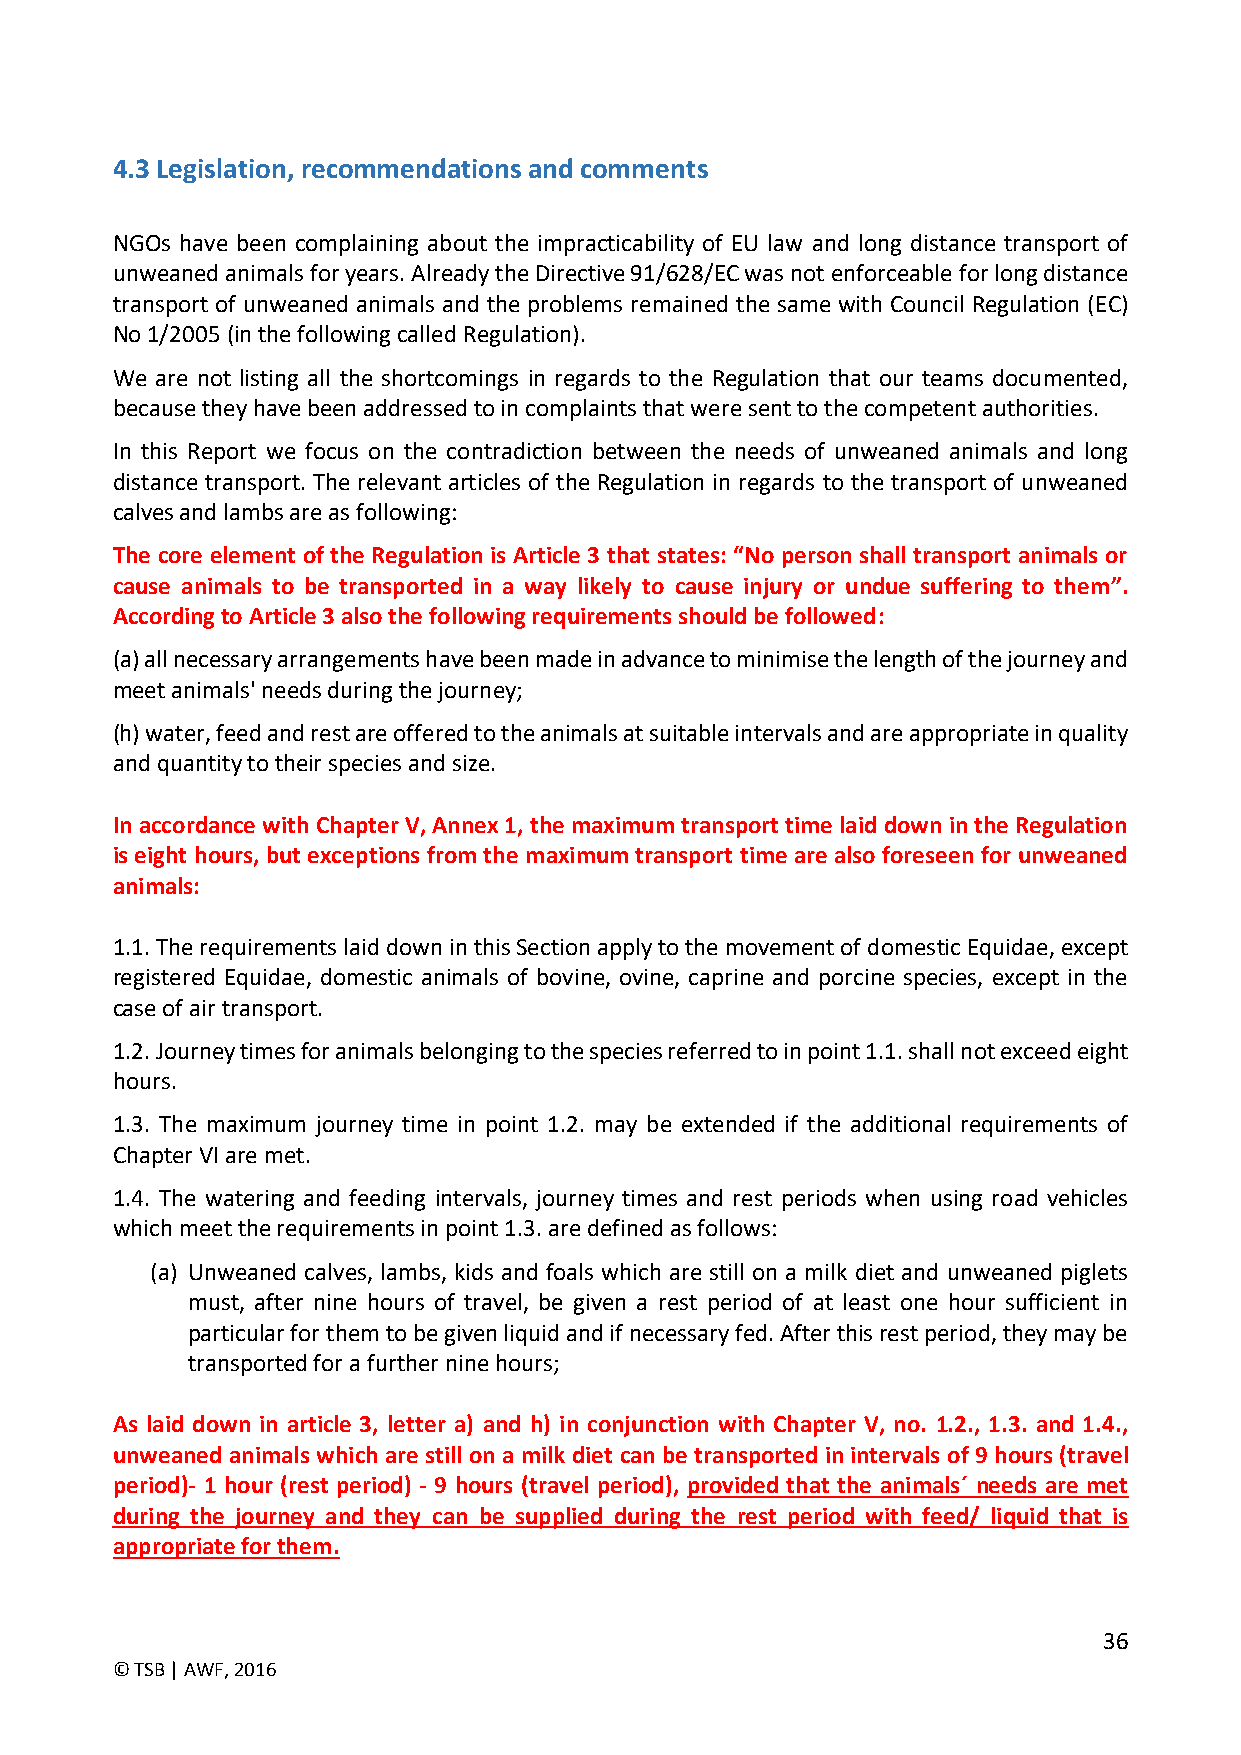
4.3 Legislation, recommendations and comments
 NGOs have been complaining about the impracticability of EU law and long distance transport of
 unweaned animals for years. Already the Directive 91/628/EC was not enforceable for long distance
 transport of unweaned animals and the problems remained the same with Council Regulation (EC)
 No 1/2005 (in the following called Regulation).
 We are not listing all the shortcomings in regards to the Regulation that our teams documented,
 because they have been addressed to in complaints that were sent to the competent authorities.
 In this Report we focus on the contradiction between the needs of unweaned animals and long
 distance transport. The relevant articles of the Regulation in regards to the transport of unweaned
 calves and lambs are as following:
 The core element of the Regulation is Article 3 that states: “No person shall transport animals or
 cause animals to be transported in a way likely to cause injury or undue suffering to them”.
 According to Article 3 also the following requirements should be followed:
 (a) all necessary arrangements have been made in advance to minimise the length of the journey and
 meet animals' needs during the journey;
 (h) water, feed and rest are offered to the animals at suitable intervals and are appropriate in quality
 and quantity to their species and size.
 In accordance with Chapter V, Annex 1, the maximum transport time laid down in the Regulation
 is eight hours, but exceptions from the maximum transport time are also foreseen for unweaned
 animals:
 1.1. The requirements laid down in this Section apply to the movement of domestic Equidae, except
 registered Equidae, domestic animals of bovine, ovine, caprine and porcine species, except in the
 case of air transport.
 1.2. Journey times for animals belonging to the species referred to in point 1.1. shall not exceed eight
 hours.
 1.3. The maximum journey time in point 1.2. may be extended if the additional requirements of
 Chapter VI are met.
 1.4. The watering and feeding intervals, journey times and rest periods when using road vehicles
 which meet the requirements in point 1.3. are defined as follows:
 (a) Unweaned calves, lambs, kids and foals which are still on a milk diet and unweaned piglets
 must, after nine hours of travel, be given a rest period of at least one hour sufficient in
 particular for them to be given liquid and if necessary fed. After this rest period, they may be
 transported for a further nine hours;
 As laid down in article 3, letter a) and h) in conjunction with Chapter V, no. 1.2., 1.3. and 1.4.,
 unweaned animals which are still on a milk diet can be transported in intervals of 9 hours (travel
 period)- 1 hour (rest period) - 9 hours (travel period), provided that the animals´ needs are met
 during the journey and they can be supplied during the rest period with feed/ liquid that is
 appropriate for them.
 36
 © TSB | AWF, 2016